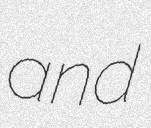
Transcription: and